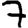
Digit: 7